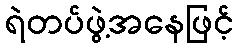
ရဲတပ်ဖွဲ့အနေဖြင့်